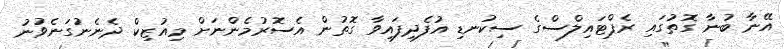
އޭނާ ބުނާ ގޮތުގައި ރެޕްޓައިލްސްގެ ސިކުނޑި އުފެދިފައިވާ ގޮތުން އެސޮރުމެންނަށް މިއުޒިކް ދެނެނުގަނެވުނު